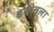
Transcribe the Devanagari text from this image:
डबीतला